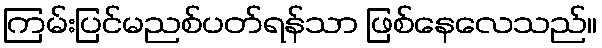
ကြမ်းပြင်မညစ်ပတ်ရန်သာ ဖြစ်နေလေသည်။